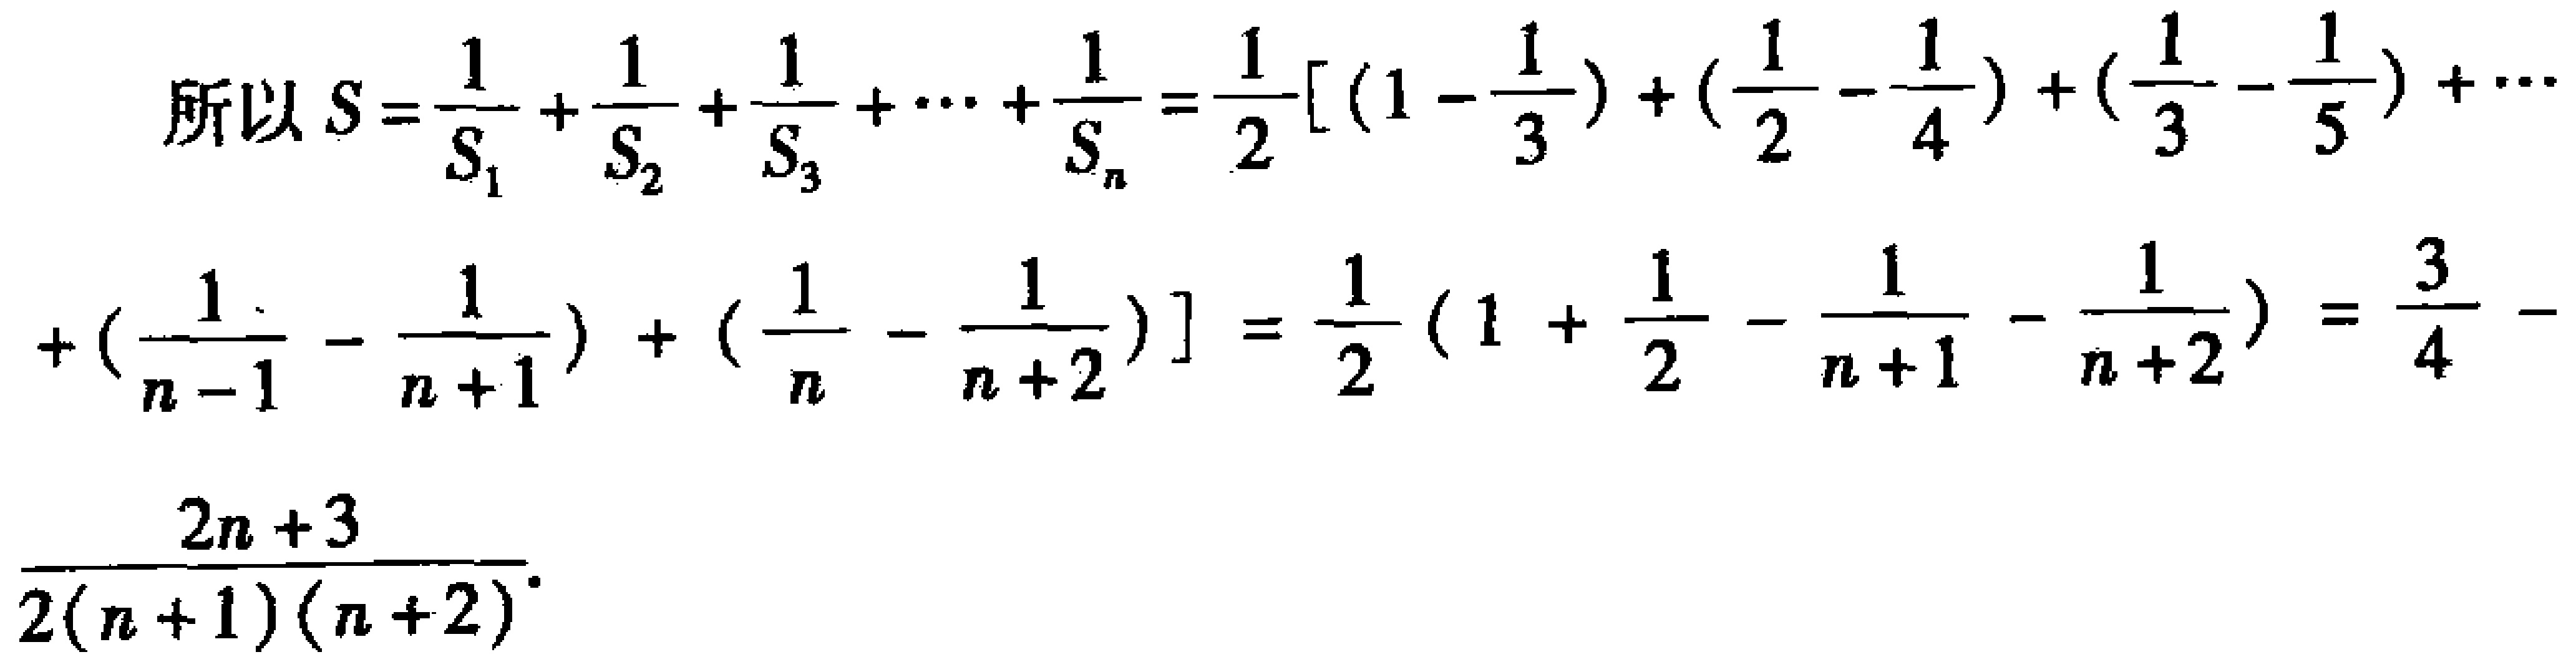
\[
\begin{align*}
&所以S = \frac{1}{S_1}+\frac{1}{S_2}+\frac{1}{S_3}+\cdots+\frac{1}{S_n}=\frac{1}{2}[(1 - \frac{1}{3})+(\frac{1}{2}-\frac{1}{4})+(\frac{1}{3}-\frac{1}{5})+\cdots\\
&+(\frac{1}{n - 1}-\frac{1}{n + 1})+(\frac{1}{n}-\frac{1}{n + 2})]=\frac{1}{2}(1+\frac{1}{2}-\frac{1}{n + 1}-\frac{1}{n + 2})=\frac{3}{4}-\\
&\frac{2n + 3}{2(n + 1)(n + 2)}
\end{align*}
\]